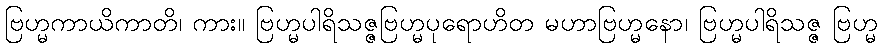
ဗြဟ္မကာယိကာတိ၊ ကား။ ဗြဟ္မပါရိသဇ္ဇဗြဟ္မပုရောဟိတ မဟာဗြဟ္မနော၊ ဗြဟ္မပါရိသဇ္ဇ ဗြဟ္မ